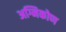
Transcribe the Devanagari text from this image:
अग्निकोण